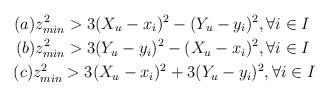
LaTeX: \begin{align*}(a) z^2_{min}>3(X_u-x_i)^2-(Y_u-y_i)^2,\forall i\in I~~~~~~~~~~~~~~~~\\(b) z^2_{min}>3(Y_u-y_i)^2-(X_u-x_i)^2,\forall i\in I~~~~~~~~~~~~~~~~\\(c) z^2_{min}>3(X_u-x_i)^2+3(Y_u-y_i)^2,\forall i\in I~~~~~~~~~~~~~~~\end{align*}